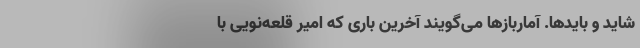
شاید و بایدها. آماربازها می‌گویند آخرین باری که امیر قلعه‌نویی با